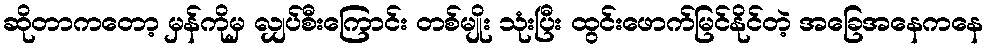
ဆိုတာကတော့ မှန်ကိုမှ လျှပ်စီးကြောင်း တစ်မျိုး သုံးပြီး ထွင်းဖောက်မြင်နိုင်တဲ့ အခြေအနေကနေ